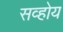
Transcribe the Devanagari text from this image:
सव्होय